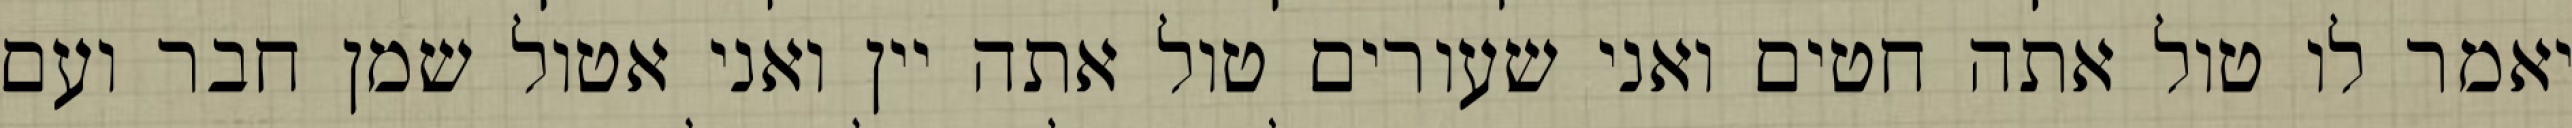
יאמר לו טול אתה חטים ואני שעורים טול אתה יין ואני אטול שמן חבר ועם